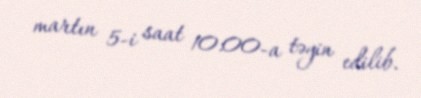
martın 5-i saat 10:00-a təyin edilib.